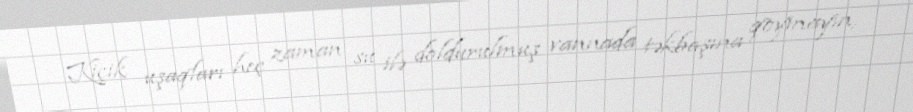
Kiçik uşaqları heç zaman su ilə doldurulmuş vannada təkbaşına qoymayın,